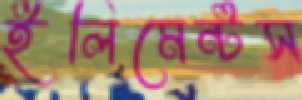
ইলিমেন্টস